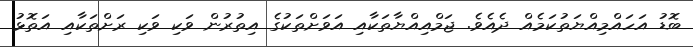
ބޮޑު އަހައްމިއްޔަތުކަމެއް ދެއެވެ. ޖަމްއިއްޔާތަކާއި އަވަށްތަކުގެ އިތުރުން ވަކި ވަކި ރަށްތަކާއި އަތޮޅު